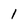
Character: 1